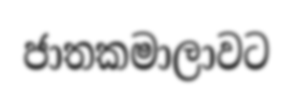
ජාතකමාලාවට